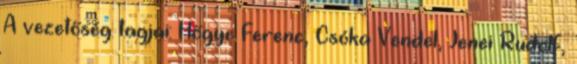
A vezetőség tagjai: Hőgye Ferenc, Csóka Vendel, Jenei Rudolf,